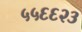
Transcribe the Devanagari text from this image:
५५६६२३